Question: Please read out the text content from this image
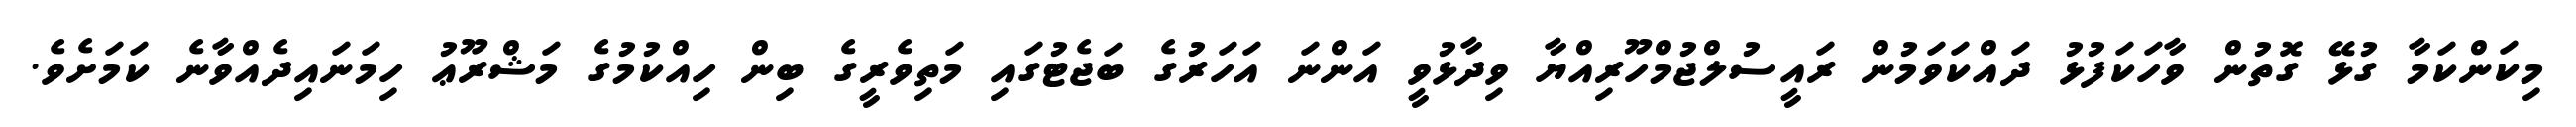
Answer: މިކަންކަމާ ގުޅޭ ގޮތުން ވާހަކަފުޅު ދައްކަވަމުން ރައީސުލްޖުމްހޫރިއްޔާ ވިދާޅުވީ އަންނަ އަހަރުގެ ބަޖެޓުގައި މަތިވެރީގެ ބިން ހިއްކުމުގެ މަޝްރޫޢު ހިމަނައިދެއްވާނެ ކަމަށެވެ.